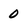
Character: 0